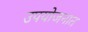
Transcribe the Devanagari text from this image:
उपयोजनात